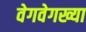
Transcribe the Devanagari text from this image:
वेगवेगख्या